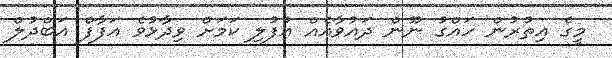
މީގެ އިތުރުން ހައްގު ނޫން ދައުވާއެއް އުފުލި ކަމަށް ވިދާޅުވެ އަފާފް އަބްދުލް